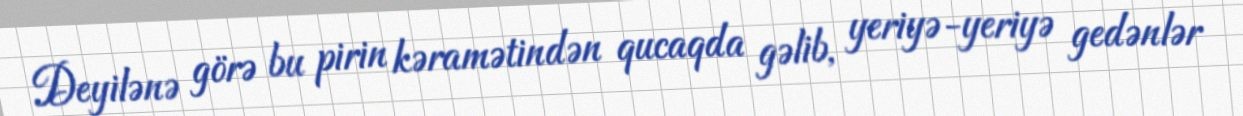
Deyilənə görə bu pirin kəramətindən qucaqda gəlib, yeriyə-yeriyə gedənlər